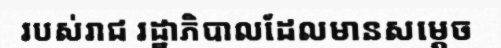
របស់រាជ រដ្ឋាភិបាលដែលមានសម្តេច